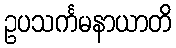
ဥပသင်္ကမနာယာတိ